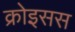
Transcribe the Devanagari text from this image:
क्रोइसस